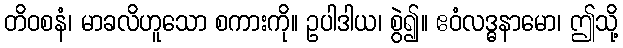
တိဝစနံ၊ မာခလိဟူသော စကားကို။ ဥပါဒါယ၊ စွဲ၍။ ဧဝံလဒ္ဓနာမော၊ ဤသို့